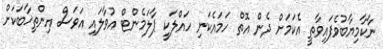
ނާކާމިޔާބުވެފައިވާތީ އެކަމަށް ދެން އޮތް ހަމައެކަނި ހައްލަކީ ޕާލަމެންޓް އުވާލައި އަވަސް އިންތިޚާބަކަށް